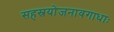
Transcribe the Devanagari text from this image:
सहस्रयोजनावगाधाः